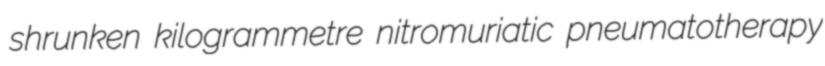
shrunken kilogrammetre nitromuriatic pneumatotherapy